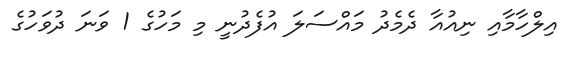
އިލްހާމާއި ނިއުއާ ދެމެދު މައްސަލަ އުފެދުނީ މި މަހުގެ 1 ވަނަ ދުވަހުގެ